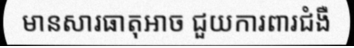
មានសារធាតុអាច ជួយការពារជំងឺ